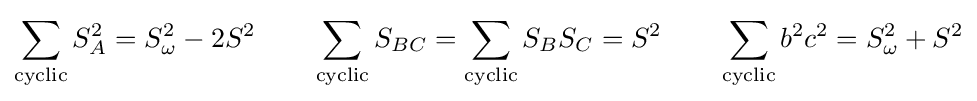
\sum _{\text{cyclic}}S_{A}^{2}=S_{\omega }^{2}-2S^{2}\quad \quad \sum _{\text{cyclic}}S_{BC}=\sum _{\text{cyclic}}S_{B}S_{C}=S^{2}\quad \quad \sum _{\text{cyclic}}b^{2}c^{2}=S_{\omega }^{2}+S^{2}